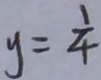
y = \frac { 1 } { 4 }